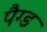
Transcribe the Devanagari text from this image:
पैग्ड